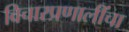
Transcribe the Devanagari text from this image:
विचारप्रणालींचा